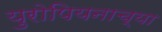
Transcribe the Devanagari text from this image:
युरोपियनाच्या